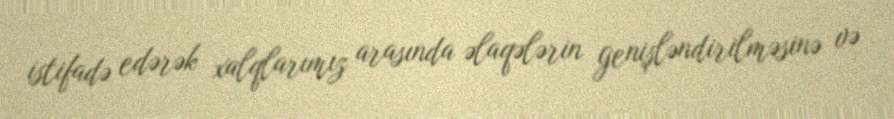
istifadə edərək xalqlarımız arasında əlaqələrin genişləndirilməsinə və